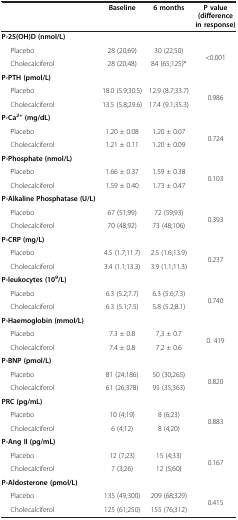
<table><thead><tr><td><b> </b></td><td><b>Baseline</b></td><td><b>6 months</b></td><td><b>P value (difference in response)</b></td></tr></thead><tbody><tr><td><b>P-25(OH)D (nmol/L)</b></td><td> </td><td> </td><td> </td></tr><tr><td>Placebo</td><td>28 (20;69)</td><td>30 (22;50)</td><td rowspan="2">&lt;0.001</td></tr><tr><td>Cholecalciferol</td><td>28 (20;48)</td><td>84 (65;125)*</td></tr><tr><td><b>P-PTH (pmol/L)</b></td><td> </td><td> </td><td> </td></tr><tr><td>Placebo</td><td>18.0 (5.9;30.5)</td><td>12.9 (8.7;33.7)</td><td rowspan="2">0.986</td></tr><tr><td>Cholecalciferol</td><td>13.5 (5.8;29.6)</td><td>17.4 (9.1;35.3)</td></tr><tr><td><b>P-Ca</b><sup><b>2+ </b></sup><b>(mg/dL)</b></td><td> </td><td> </td><td> </td></tr><tr><td>Placebo</td><td>1.20 ± 0.08</td><td>1.20 ± 0.07</td><td rowspan="2">0.724</td></tr><tr><td>Cholecalciferol</td><td>1.21 ± 0.11</td><td>1.20 ± 0.09</td></tr><tr><td><b>P-Phosphate (nmol/L)</b></td><td> </td><td> </td><td> </td></tr><tr><td>Placebo</td><td>1.66 ± 0.37</td><td>1.59 ± 0.38</td><td rowspan="2">0.103</td></tr><tr><td>Cholecalciferol</td><td>1.59 ± 0.40</td><td>1.73 ± 0.47</td></tr><tr><td><b>P-Alkaline Phosphatase (U/L)</b></td><td> </td><td> </td><td> </td></tr><tr><td>Placebo</td><td>67 (51;99)</td><td>72 (59;93)</td><td rowspan="2">0.393</td></tr><tr><td>Cholecalciferol</td><td>70 (48;92)</td><td>73 (48;106)</td></tr><tr><td><b>P-CRP (mg/L)</b></td><td> </td><td> </td><td> </td></tr><tr><td>Placebo</td><td>4.5 (1.7;11.7)</td><td>2.5 (1.6;13.9)</td><td rowspan="2">0.237</td></tr><tr><td>Cholecalciferol</td><td>3.4 (1.1;13.3)</td><td>3.9 (1.1;11.3)</td></tr><tr><td><b>P-leukocytes (10</b><sup><b>9</b></sup><b>/L)</b></td><td> </td><td> </td><td> </td></tr><tr><td>Placebo</td><td>6.3 (5.2;7.7)</td><td>6.3 (5.6;7.3)</td><td rowspan="2">0.740</td></tr><tr><td>Cholecalciferol</td><td>6.3 (5.1;7.5)</td><td>5.8 (5.2;8.1)</td></tr><tr><td><b>P-Haemoglobin (mmol/L)</b></td><td> </td><td> </td><td> </td></tr><tr><td>Placebo</td><td>7.3 ± 0.8</td><td>7,3 ± 0.7</td><td rowspan="2">0. 419</td></tr><tr><td>Cholecalciferol</td><td>7.4 ± 0.8</td><td>7.2 ± 0.6</td></tr><tr><td><b>P-BNP (pmol/L)</b></td><td> </td><td> </td><td> </td></tr><tr><td>Placebo</td><td>81 (24;186)</td><td>50 (30;265)</td><td rowspan="2">0.820</td></tr><tr><td>Cholecalciferol</td><td>61 (26;378)</td><td>95 (35;363)</td></tr><tr><td><b>PRC (pg/mL)</b></td><td> </td><td> </td><td> </td></tr><tr><td>Placebo</td><td>10 (4;19)</td><td>8 (6;23)</td><td rowspan="2">0.883</td></tr><tr><td>Cholecalciferol</td><td>6 (4;12)</td><td>8 (4;20)</td></tr><tr><td><b>P-Ang II (pg/mL)</b></td><td> </td><td> </td><td> </td></tr><tr><td>Placebo</td><td>12 (7;23)</td><td>15 (4;33)</td><td rowspan="2">0.167</td></tr><tr><td>Cholecalciferol</td><td>7 (3;26)</td><td>12 (5;60)</td></tr><tr><td><b>P-Aldosterone (pmol/L)</b></td><td> </td><td> </td><td> </td></tr><tr><td>Placebo</td><td>135 (49;300)</td><td>209 (68;329)</td><td rowspan="2">0.415</td></tr><tr><td>Cholecalciferol</td><td>125 (61;250)</td><td>155 (76;312)</td></tr></tbody></table>